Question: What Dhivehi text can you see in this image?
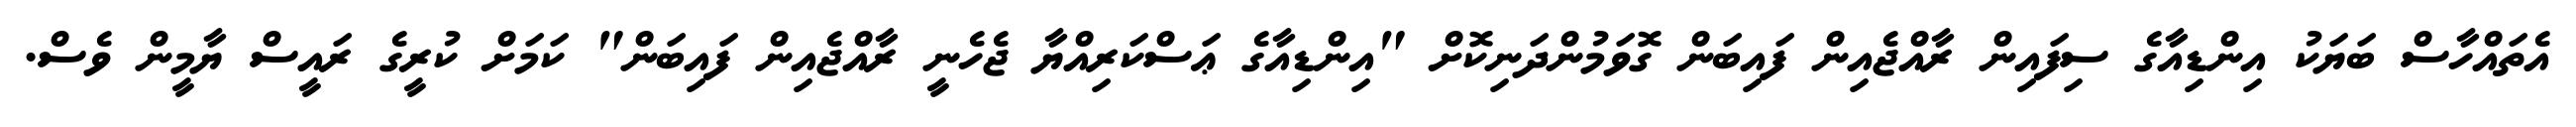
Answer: އެތައްހާސް ބަޔަކު އިންޑިއާގެ ސިފައިން ރާއްޖެއިން ފައިބަން ގޮވަމުންދަނިކޮށް "އިންޑިއާގެ ޢަސްކަރިއްޔާ ޖެހެނީ ރާއްޖެއިން ފައިބަން" ކަމަށް ކުރީގެ ރައީސް ޔާމީން ވެސް.